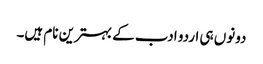
دونوں ہی اردو ادب کے بہترین نام ہیں۔